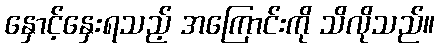
နှောင့်နှေးရသည့် အကြောင်းကို သိလိုသည်။